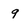
Character: q